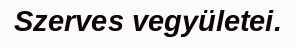
Szerves vegyületei.